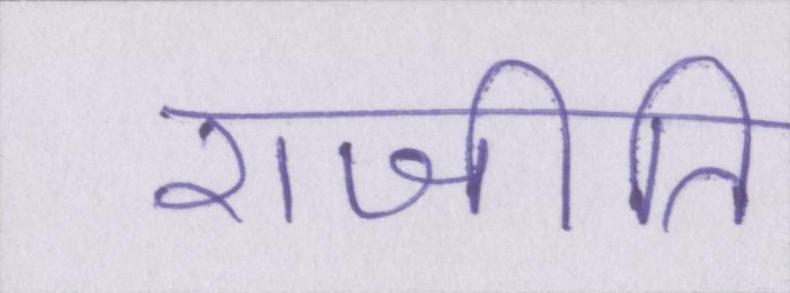
राजीति